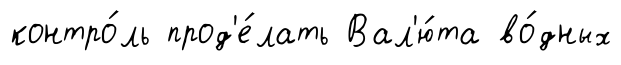
контро́ль прод'е́лать Вал'ю́та во́дных